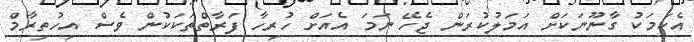
އެކަމަކު ގާނޫނަކަށް އަމަލުކުރަން ޖެހޭ ނަމަ އެއަށް ހުރިހާ ފަރާތްތަކަކުން ވެސް އިހުތިރާމް